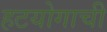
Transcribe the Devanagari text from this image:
हटयोगाची